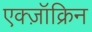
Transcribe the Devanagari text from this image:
एक्ज़ॉक्रिन